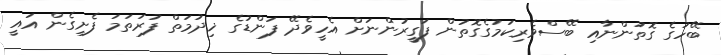
ބޭހުގެ ގޮތުންނާއި ބޭސްވެރިކަމުގެގޮތުން ފަގީރުންނަށް އެހީވެދޭ ފަންޑުގެ ޚިދުމަތް ފުރަތަމަ ފެށިގެން އައީ